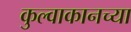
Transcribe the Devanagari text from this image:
कुल्वाकानच्या